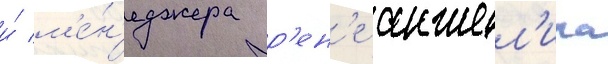
и́ м'е́н'еджера р'ен'е анжел'ила